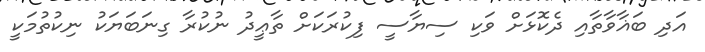
އަދި ބަޣާވާތާއި ދެކޮޅަށް ވަކި ސިޔާސީ ފިކުރަކަށް ތާޢީދު ނުކުރާ ގިނަބަޔަކު ނިކުތުމަކީ